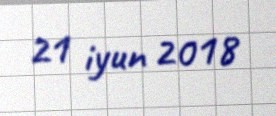
21 iyun 2018